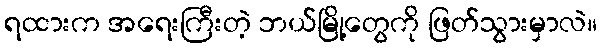
ရထားက အရေးကြီးတဲ့ ဘယ်မြို့တွေကို ဖြတ်သွားမှာလဲ။